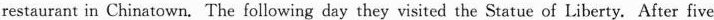
restaurant in Chinatown. The following day they visited the Statue of Liberty. After five